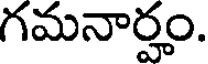
గమనార్హం.